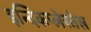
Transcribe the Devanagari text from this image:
इन्दिकप्लेस्तेस